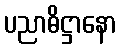
ပညာဓိဋ္ဌာနော